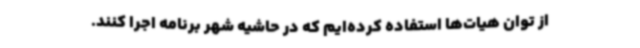
از توان هیات‌ها استفاده کرده‌ایم که در حاشیه شهر برنامه اجرا کنند.